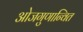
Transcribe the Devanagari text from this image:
ओजगुणान्वित